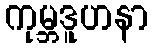
ကုမ္ဘဒူဟနာ